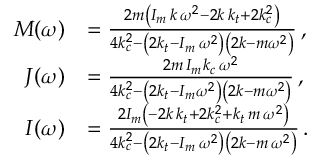
\begin{array} { r l } { M ( \omega ) } & { = \frac { 2 m \left( I _ { m } \, k \, \omega ^ { 2 } - 2 k \, k _ { t } + 2 k _ { c } ^ { 2 } \right) } { 4 k _ { c } ^ { 2 } - \left( 2 k _ { t } - I _ { m } \, \omega ^ { 2 } \right) \left( 2 k - m \omega ^ { 2 } \right) } \, , } \\ { J ( \omega ) } & { = \frac { 2 m \, I _ { m } k _ { c } \, \omega ^ { 2 } } { 4 k _ { c } ^ { 2 } - \left( 2 k _ { t } - I _ { m } \omega ^ { 2 } \right) \left( 2 k - m \omega ^ { 2 } \right) } \, , } \\ { I ( \omega ) } & { = \frac { 2 I _ { m } \left( - 2 k \, k _ { t } + 2 k _ { c } ^ { 2 } + k _ { t } \, m \, \omega ^ { 2 } \right) } { 4 k _ { c } ^ { 2 } - \left( 2 k _ { t } - I _ { m } \, \omega ^ { 2 } \right) \left( 2 k - m \, \omega ^ { 2 } \right) } \, . } \end{array}